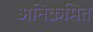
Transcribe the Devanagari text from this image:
अनिक्रमित